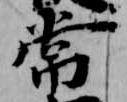
常